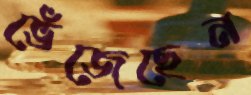
ভেঁজেছেন